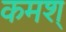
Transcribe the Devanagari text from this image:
कमश्